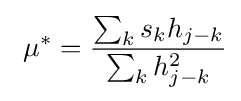
\ \mu ^{*}={\frac {\sum _{k}s_{k}h_{j-k}}{\sum _{k}h_{j-k}^{2}}}